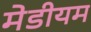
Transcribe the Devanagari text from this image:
मेडीयम